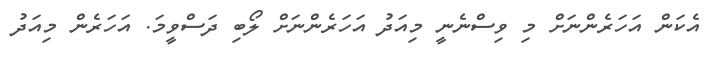
އެކަން އަހަރެންނަށް މި ވިސްނެނީ މިއަދު އަހަރެންނަށް ލޯބި ދަސްވީމަ. އަހަރެން މިއަދު